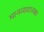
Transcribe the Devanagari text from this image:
मानव्यशास्त्रज्ञ